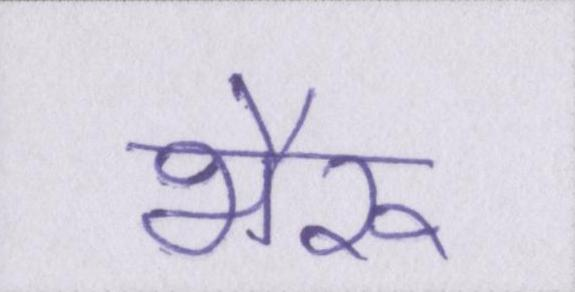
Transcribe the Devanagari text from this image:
भैरू